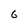
Character: 6